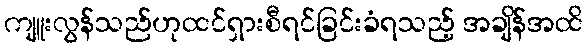
ကျူးလွန်သည်ဟုထင်ရှားစီရင်ခြင်းခံရသည့် အချိန်အထိ